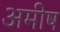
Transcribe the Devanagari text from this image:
अमीष